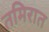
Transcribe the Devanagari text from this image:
तमिरात